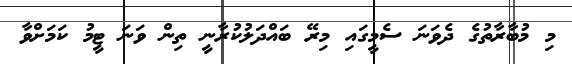
މި މުބާރާތުގެ ދެވަނަ ސެމީގައި މިރޭ ބައްދަލުކުރާނީ ތިން ވަނަ ޓީމު ކަމަށްވާ